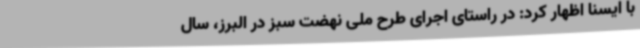
با ایسنا اظهار کرد: در راستای اجرای طرح ملی نهضت سبز در البرز، سال